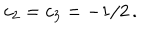
LaTeX: c _ { 2 } = c _ { 3 } = - 1 / 2 \, .